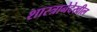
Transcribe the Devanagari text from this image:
शास्त्रानेदेखील